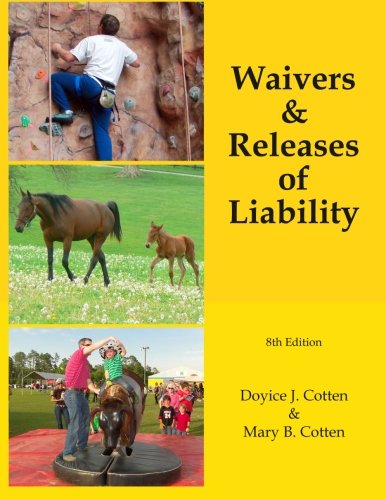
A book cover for Waivers & Releases of Liability (Volume 8); Dr. Doyice J. Cotten; Law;